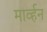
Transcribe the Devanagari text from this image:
मार्व्हन